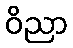
ဝိညာ